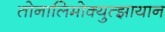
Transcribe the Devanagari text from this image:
तोनालिमोक्युत्झायान